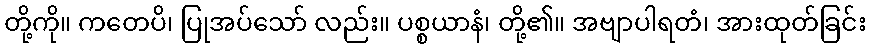
တို့ကို။ ကတေပိ၊ ပြုအပ်သော် လည်း။ ပစ္စယာနံ၊ တို့၏။ အဗျာပါရတံ၊ အားထုတ်ခြင်း